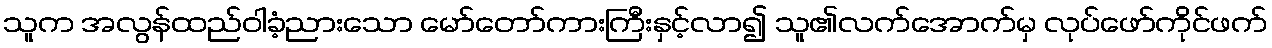
သူက အလွန်ထည်ဝါခံ့ညားသော မော်တော်ကားကြီးနှင့်လာ၍ သူ၏လက်အောက်မှ လုပ်ဖော်ကိုင်ဖက်